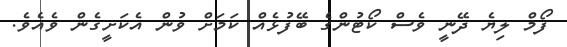
ފޯމް ލިޔެ ދޭނީ ވެސް ކޯޓުންގެ ބޭފުޅެއް ކަމަށް ވުން އެކަށީގެން ވެއެވެ.